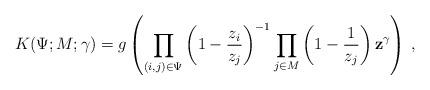
LaTeX: \begin{align*} K(\Psi;M;\gamma) = g\left( \prod_{(i,j) \in \Psi} \left(1-\frac{z_i}{z_j}\right)^{-1} \prod_{j \in M} \left(1-\frac{1}{z_j}\right) \mathbf{z}^\gamma \right) \,,\end{align*}